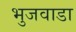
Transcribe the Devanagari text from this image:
भुजवाडा